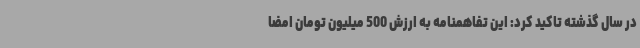
در سال گذشته تاکید کرد: این تفاهمنامه به ارزش 500 میلیون تومان امضا